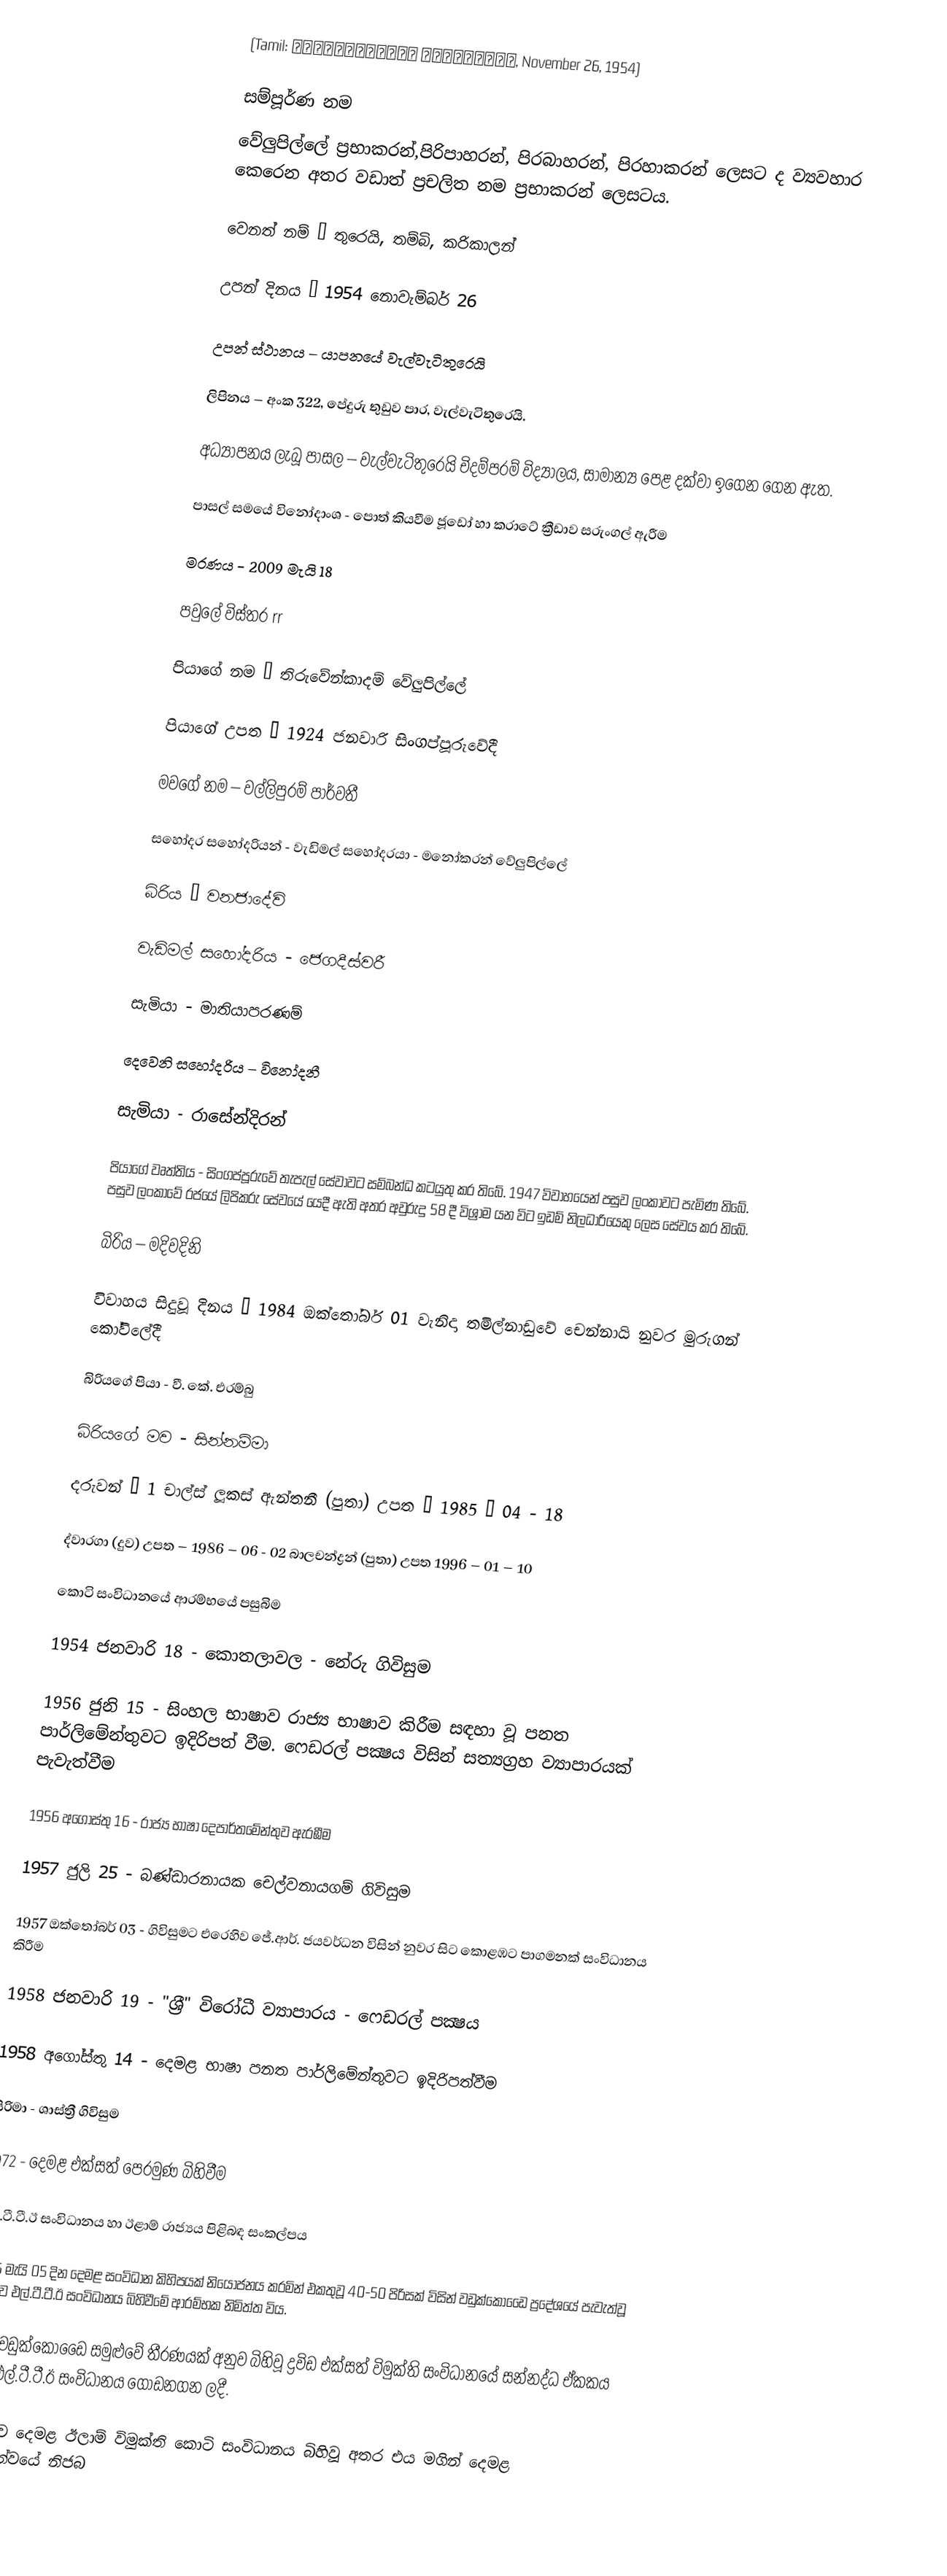
(Tamil: வேலுப்பிள்ளை பிரபாகரன், November 26, 1954)

සම්පූර්ණ නම
වේලුපිල්ලේ ප්‍රභාකරන්,පිරිපාහරන්, පිරබාහරන්, පිරහාකරන් ලෙසට ද ව්‍යවහාර කෙරෙන අතර වඩාත් ප්‍රචලිත නම ප්‍රභාකරන් ලෙසටය.

 වෙනත් නම් – තුරෙයි, තම්බි, කරිකාලන්

 උපන් දිනය – 1954 නොවැම්බර් 26

 උපන් ස්ථානය – යාපනයේ වැල්වැටිතුරෙයි

 ලිපිනය – අංක 322, පේදුරු තුඩුව පාර, වැල්වැටිතුරෙයි.

 අධ්‍යාපනය ලැබූ පාසල – වැල්වැටිතුරෙයි චිදම්පරම් විද්‍යාලය, සාමාන්‍ය පෙළ දක්වා ඉගෙන ගෙන ඇත.

 පාසල් සමයේ විනෝදාංශ - පොත් කියවීම ජූඩෝ හා කරාටේ ක්‍රීඩාව සරුංගල් ඇරීම

 මරණය - 2009 මැයි 18

පවුලේ විස්තර rr

 පියාගේ නම – තිරුවේන්කාදම් වේලුපිල්ලේ

 පියාගේ උපත – 1924 ජනවාරි සිංගප්පූරුවේදී

 මවගේ නම – වල්ලිපුරම් පාර්වතී

 සහෝදර සහෝදරියන් - වැඩිමල් සහෝදරයා - මනෝකරන් වේලුපිල්ලේ

 බිරිය – වනජාදේවි

 වැඩිමල් සහෝදරිය - ජෙගදීස්වරී

 සැමියා - මාතියාපරණම්

 දෙවෙනි සහෝදරිය – විනෝදනී

 සැමියා - රාසේන්දිරන්

 පියාගේ වෘත්තිය - සිංගප්පූරුවේ තැපැල් සේවාවට සම්බන්ධ කටයුතු කර තිබේ. 1947 විවාහයෙන් පසුව ලංකාවට පැමිණ තිබේ. පසුව ලංකාවේ රජයේ ලිපිකරු සේවයේ යෙදී ඇති අතර අවුරුදු 58 දී විශ්‍රාම යන විට ඉඩම් නිලධාරියෙකු ලෙස සේවය කර තිබේ.

 බිරිය – මදිවදිනි

 විවාහය සිදුවූ දිනය – 1984 ඔක්තෝබර් 01 වැනිදා තමිල්නාඩුවේ චෙන්නායි නුවර මුරුගන් කෝවිලේදී

 බිරියගේ පියා - වී. කේ. එරම්බු

 බිරියගේ මව - සින්නම්මා

 දරුවන් – 1 චාල්ස් ලූකස් ඇන්තනී (පුතා) උපත – 1985 – 04 - 18

ද්වාරගා (දුව) උපත – 1986 – 06 - 02 බාලචන්ද්‍රන් (පුතා) උපත 1996 – 01 – 10

කොටි සංවිධානයේ ආරම්භයේ පසුබිම

 1954 ජනවාරි 18 -  කොතලාවල - නේරු ගිවිසුම

 1956 ජුනි 15  - සිංහල භාෂාව රාජ්‍ය භාෂාව කිරීම සඳහා වූ පනත පාර්ලිමේන්තුවට ඉදිරිපත් වීම. ෆෙඩරල් පක්‍ෂය විසින් සත්‍යග්‍රහ ව්‍යාපාරයක් පැවැත්වීම

 1956 අගෝස්තු 16 - රාජ්‍ය භාෂා දෙපාර්තමේන්තුව ඇරඹීම

 1957 ජුලි 25 - බණ්ඩාරනායක චෙල්වනායගම්  ගිවිසුම

 1957 ඔක්තෝබර් 03 - ගිවිසුමට එරෙහිව ජේ.ආර්. ජයවර්ධන විසින් නුවර සිට කොළඹට පාගමනක් සංවිධානය කිරීම

 1958 ජනවාරි 19 - "ශ‍්‍රී" විරෝධී ව්‍යාපාරය - ෆෙඩරල් පක්‍ෂය

 1958 අගෝස්තු 14 - දෙමළ භාෂා පනත පාර්ලිමේන්තුවට ඉදිරිපත්වීම

සිරිමා - ශාස්ත්‍රී ගිවිසුම

 1972 - දෙමළ එක්සත් පෙරමුණ බිහිවීම

එල්.ටී.ටී.ඊ සංවිධානය හා ඊළාම් රාජ්‍යය පිළිබඳ සංකල්පය

1976 මැයි 05 දින දෙමළ සංවිධාන කිහිපයක් නියෝජනය කරමින් එකතුවූ 40-50 පිරිසක් විසින් වඩුක්කෝඩෛ ප්‍රදේශයේ පැවැත්වූ සමුළුව එල්.ටී.ටී.ඊ සංවිධානය බිහිවීමේ ආරම්භක නිමිත්ත විය.

1976 වඩුක්කෝඩෛ සමුළුවේ තීරණයක් අනුව බිහිවූ ද්‍රවිඩ එක්සත් විමුක්ති සංවිධානයේ සන්නද්ධ ඒකකය ලෙස එල්.ටී.ටී.ඊ සංවිධානය ගොඩනගන ලදී.

ඒ අනුව දෙමළ ඊලාම් විමුක්ති කොටි සංවිධානය බිහිවූ අතර එය මගින් දෙමළ ජාතිකත්වයේ නිජබ